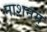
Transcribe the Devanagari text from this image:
नाशनम्‌